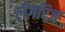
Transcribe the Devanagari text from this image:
लँगरिज